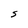
Character: S